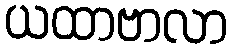
ယထာဗာလာ